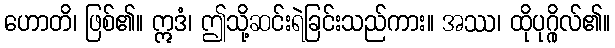
ဟောတိ၊ ဖြစ်၏။ ဣဒံ၊ ဤသို့ဆင်းရဲခြင်းသည်ကား။ အဿ၊ ထိုပုဂ္ဂိုလ်၏။